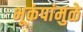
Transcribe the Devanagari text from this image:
भूकंपांमुळे